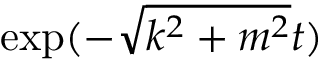
\mathrm { e x p } ( - \sqrt { k ^ { 2 } + m ^ { 2 } } t )